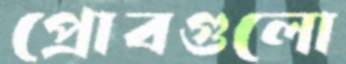
প্রোবগুলো